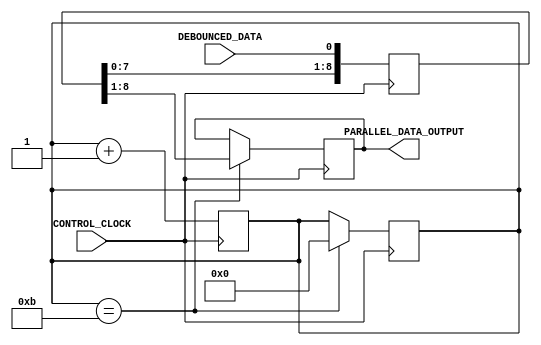
`timescale 1ns / 1ps
module ShiftRegister	
  #(parameter REGISTER_SIZE = 11)
	(	input 							 CONTROL_CLOCK,
		input 							DEBOUNCED_DATA,
		output reg [7 : 0]	PARALLEL_DATA_OUTPUT
    );

		reg [REGISTER_SIZE - 1 : 0] SHIFT_REGISTER;
		
		always@(posedge CONTROL_CLOCK) 
			SHIFT_REGISTER <= {SHIFT_REGISTER[REGISTER_SIZE - 1 : 0], 
									 DEBOUNCED_DATA};
		
		reg [3:0] COUNTER_REGISTER = 4'b000;
		
		always@(posedge CONTROL_CLOCK)
			if(COUNTER_REGISTER == 4'b1011) begin 
				PARALLEL_DATA_OUTPUT <= SHIFT_REGISTER[9:1];
				COUNTER_REGISTER <= 4'b0000;
				end
				
		always@(posedge CONTROL_CLOCK)
			COUNTER_REGISTER <= COUNTER_REGISTER + 1;
		
endmodule